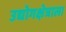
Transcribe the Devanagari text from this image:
उद्योगक्षेत्राला